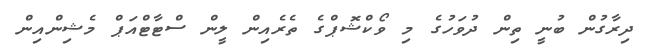
ދިރާގުން ބުނީ ތިން ދުވަހުގެ މި ވޯކްޝޮޕްގެ ތެރެއިން ލީން ސްޓާޓްއަޕް މެޝިންއިން